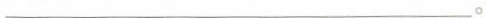
___。